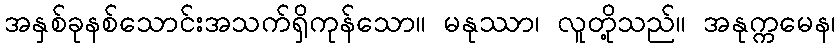
အနှစ်ခုနစ်သောင်းအသက်ရှိကုန်သော။ မနုဿာ၊ လူတို့သည်။ အနုက္ကမေန၊